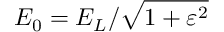
{ E _ { 0 } } = { E _ { L } } / { \sqrt { 1 + \varepsilon ^ { 2 } } }